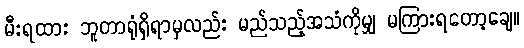
မီးရထား ဘူတာရုံရှိရာမှလည်း မည်သည့်အသံကိုမျှ မကြားရတော့ချေ။